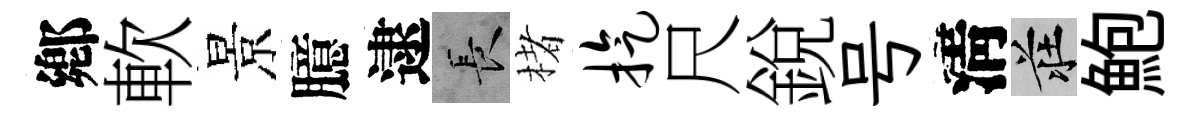
鄕軟景臆逮长楮旋尺銳号淸莊鮑